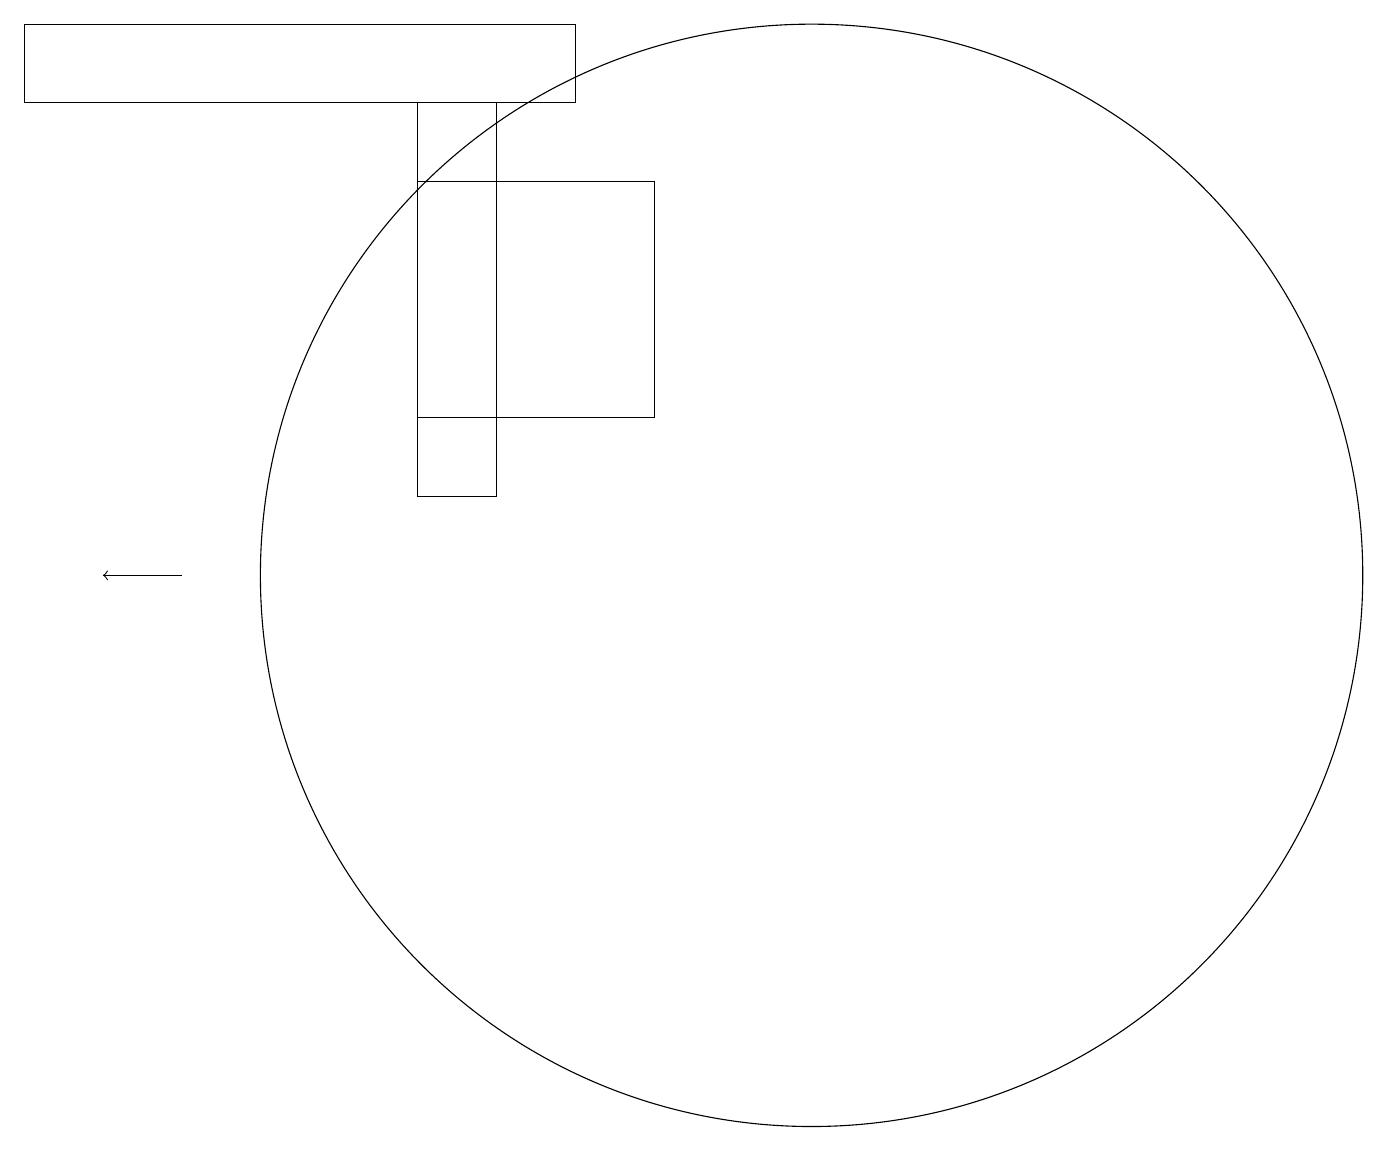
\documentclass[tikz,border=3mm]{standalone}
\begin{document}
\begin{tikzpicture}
\draw (9,14) rectangle (6,17);
\draw (8,18) rectangle (1,19);
\draw (11,12) circle (7);
\draw[->] (3,12) -- (2,12);
\draw (6,13) rectangle (7,18);
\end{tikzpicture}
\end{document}